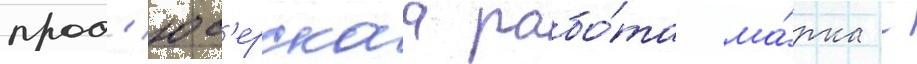
прод'юс'ерскаа рабо́та ма́рка -